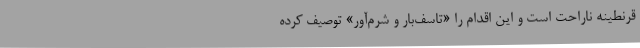
قرنطینه ناراحت است و این اقدام را «تاسف‌بار و شرم‌آور» توصیف کرده